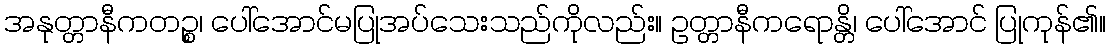
အနုတ္တာနီကတဉ္စ၊ ပေါ်အောင်မပြုအပ်သေးသည်ကိုလည်း။ ဥတ္တာနီကရောန္တိ၊ ပေါ်အောင် ပြုကုန်၏။